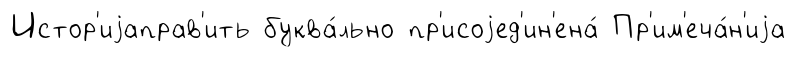
Истор'иjаправ'ить буква́льно пр'исоjед'ин'ена́ Пр'им'еча́н'иjа